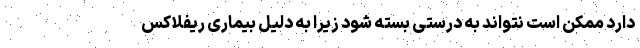
دارد ممکن است نتواند به درستی بسته شود زیرا به دلیل بیماری ریفلاکس